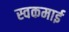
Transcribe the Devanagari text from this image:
स्वकमाई